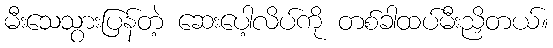
မီးသေသွားပြန်တဲ့ ဆေးပေါ့လိပ်ကို တစ်ခါထပ်မီးညှိတယ်။